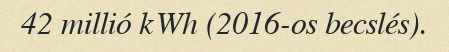
42 millió kWh (2016-os becslés).